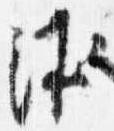
沐